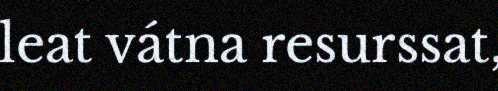
leat vátna resurssat,